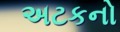
અટકનો